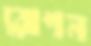
রোপন